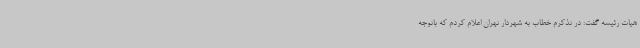
هیات رئیسه گفت: در تذکرم خطاب به شهردار تهران اعلام کردم که باتوجه